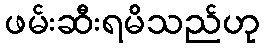
ဖမ်းဆီးရမိသည်ဟု